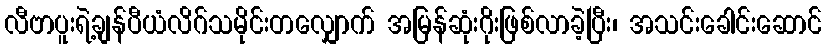
လီဗာပူးရဲ့ချန်ပီယံလိဂ်သမိုင်းတလျှောက် အမြန်ဆုံးဂိုးဖြစ်လာခဲ့ပြီး၊ အသင်းခေါင်းဆောင်